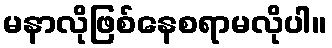
မနာလိုဖြစ်နေစရာမလိုပါ။